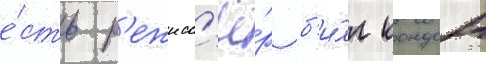
е́сть р'ежисс'ё́р б'и́лл кондон